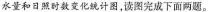
水量和日照时数变化统计图，读图完成下面两题。